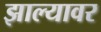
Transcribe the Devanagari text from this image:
झाल्‍यावर